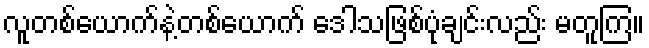
လူတစ်ယောက်နဲ့တစ်ယောက် ဒေါသဖြစ်ပုံချင်းလည်း မတူကြ။